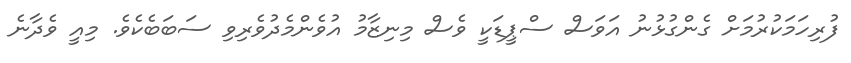
ފުރިހަމަކުރުމަށް ގެންގުޅުނު އަވަސް ސްޕީޑަކީ ވެސް މިނިޒާމު އުވެންމެދުވެރިވި ސަބަބެކެވެ. މިއީ ވެދާނެ